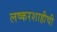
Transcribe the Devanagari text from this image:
लष्करशाहीची